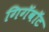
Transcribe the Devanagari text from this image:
गिगॅवॉट